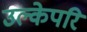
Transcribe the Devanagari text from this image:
उल्केपरि